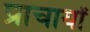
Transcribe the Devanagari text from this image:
प्राचार्यों